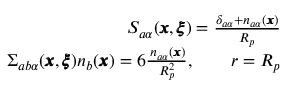
\begin{array} { r l r } & { } & { { S _ { a \alpha } ( { \pmb x } , { \pmb \xi } ) } = \frac { \delta _ { a \alpha } + n _ { a \alpha } ( { \pmb x } ) } { R _ { p } } } \\ & { } & { \Sigma _ { a b \alpha } ( { \pmb x } , { \pmb \xi } ) n _ { b } ( { \pmb x } ) = 6 \frac { \, n _ { a \alpha } ( { \pmb x } ) } { R _ { p } ^ { 2 } } , \qquad r = R _ { p } } \end{array}